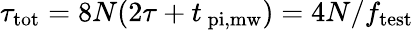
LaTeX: \tau_{\mathrm{tot}}=8N(2\tau+t_{\mathrm{\ pi,mw}})=4N/f_{\mathrm{test}}